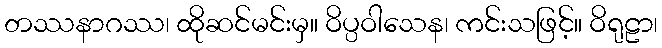
တဿနာဂဿ၊ ထိုဆင်မင်းမှ။ ဝိပ္ပဝါသေန၊ ကင်းသဖြင့်။ ဝိရုဠာ၊